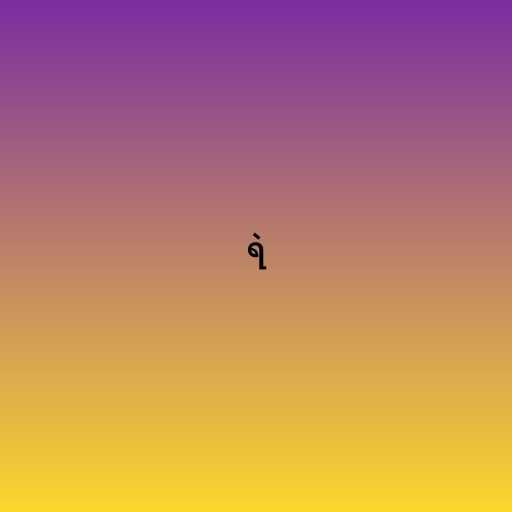
ရဲ